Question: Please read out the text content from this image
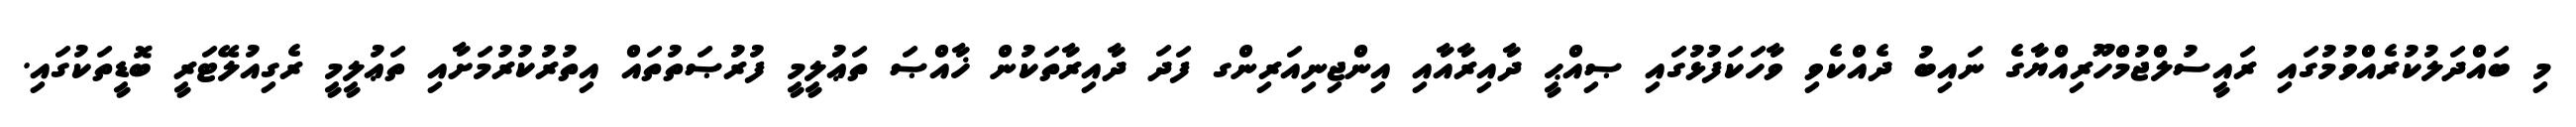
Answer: މި ބައްދަލުކުރެއްވުމުގައި ރައީސުލްޖުމްހޫރިއްޔާގެ ނައިބު ދެއްކެވި ވާހަކަފުޅުގައި ޞިއްޙީ ދާއިރާއާއި އިންޖިނިއަރިންގ ފަދަ ދާއިރާތަކުން ޚާއްޞަ ތަޢުލީމީ ފުރުޞަތުތައް އިތުރުކުރުމަށާއި ތަޢުލީމީ ރެގިއުލޭޓަރީ ބޮޑީތަކުގައި.